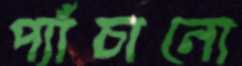
প্যাঁচানো